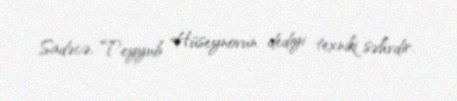
Sadəcə, Teyyub Hüseynovun dediyi texniki səhvdir.